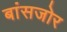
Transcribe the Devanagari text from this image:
बांसजोर